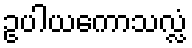
ဥပါယကောသလ္လံ